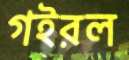
গইরল